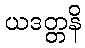
ယဒတ္တနိ